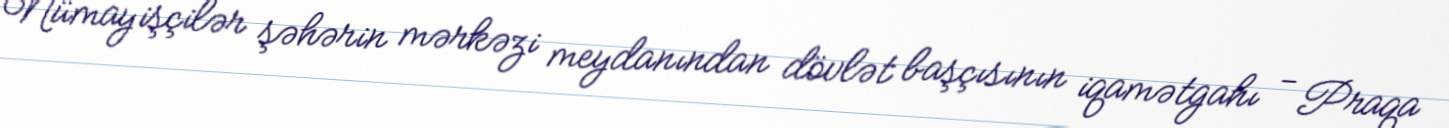
Nümayişçilər şəhərin mərkəzi meydanından dövlət başçısının iqamətgahı - Praqa